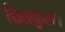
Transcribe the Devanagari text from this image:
छितकुल।